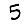
Digit: 5